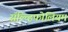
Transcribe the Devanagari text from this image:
सॅल्व्हिफोलियम